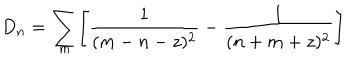
D _ { n } = \sum _ { m } \Biggl [ { \frac { 1 } { ( m - n - z ) ^ { 2 } } } - { \frac { 1 } { ( n + m + z ) ^ { 2 } } } \Biggr ]